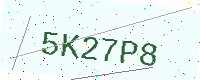
Text: 5K27P8